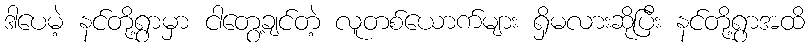
ဒါပေမဲ့ နင်တို့ရွာမှာ ငါတွေ့ချင်တဲ့ လူတစ်ယောက်များ ရှိမလားဆိုပြီး နင်တို့ရွာအထိ